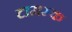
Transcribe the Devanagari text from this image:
टामस्क